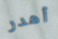
أهدر